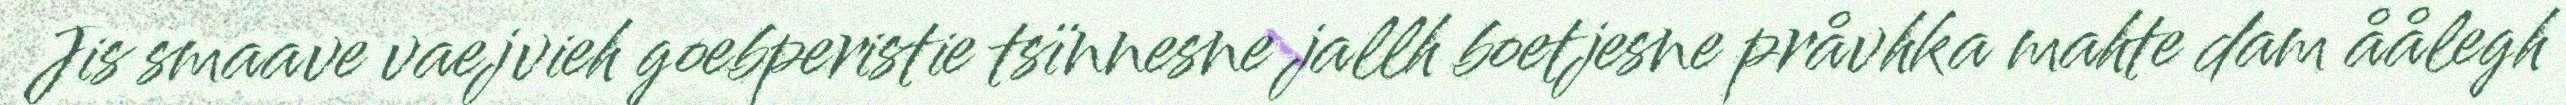
Jis smaave vaejvieh goebperistie tsïnnesne jallh boetjesne pråvhka mahte dam åålegh